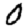
Digit: 0